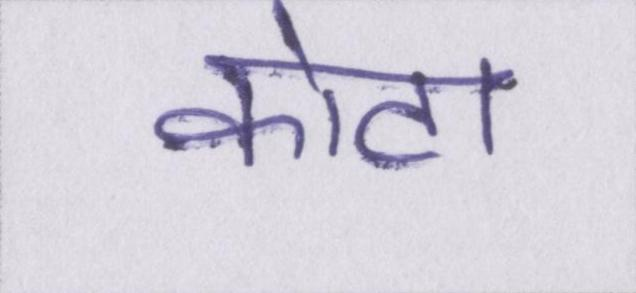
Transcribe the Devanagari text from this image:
कोटा